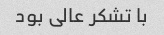
با تشکر عالی بود